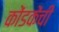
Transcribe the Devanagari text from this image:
कोंडकेंची